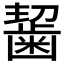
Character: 𪘂